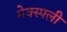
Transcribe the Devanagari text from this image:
मेक्स्फ्ली